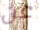
عن